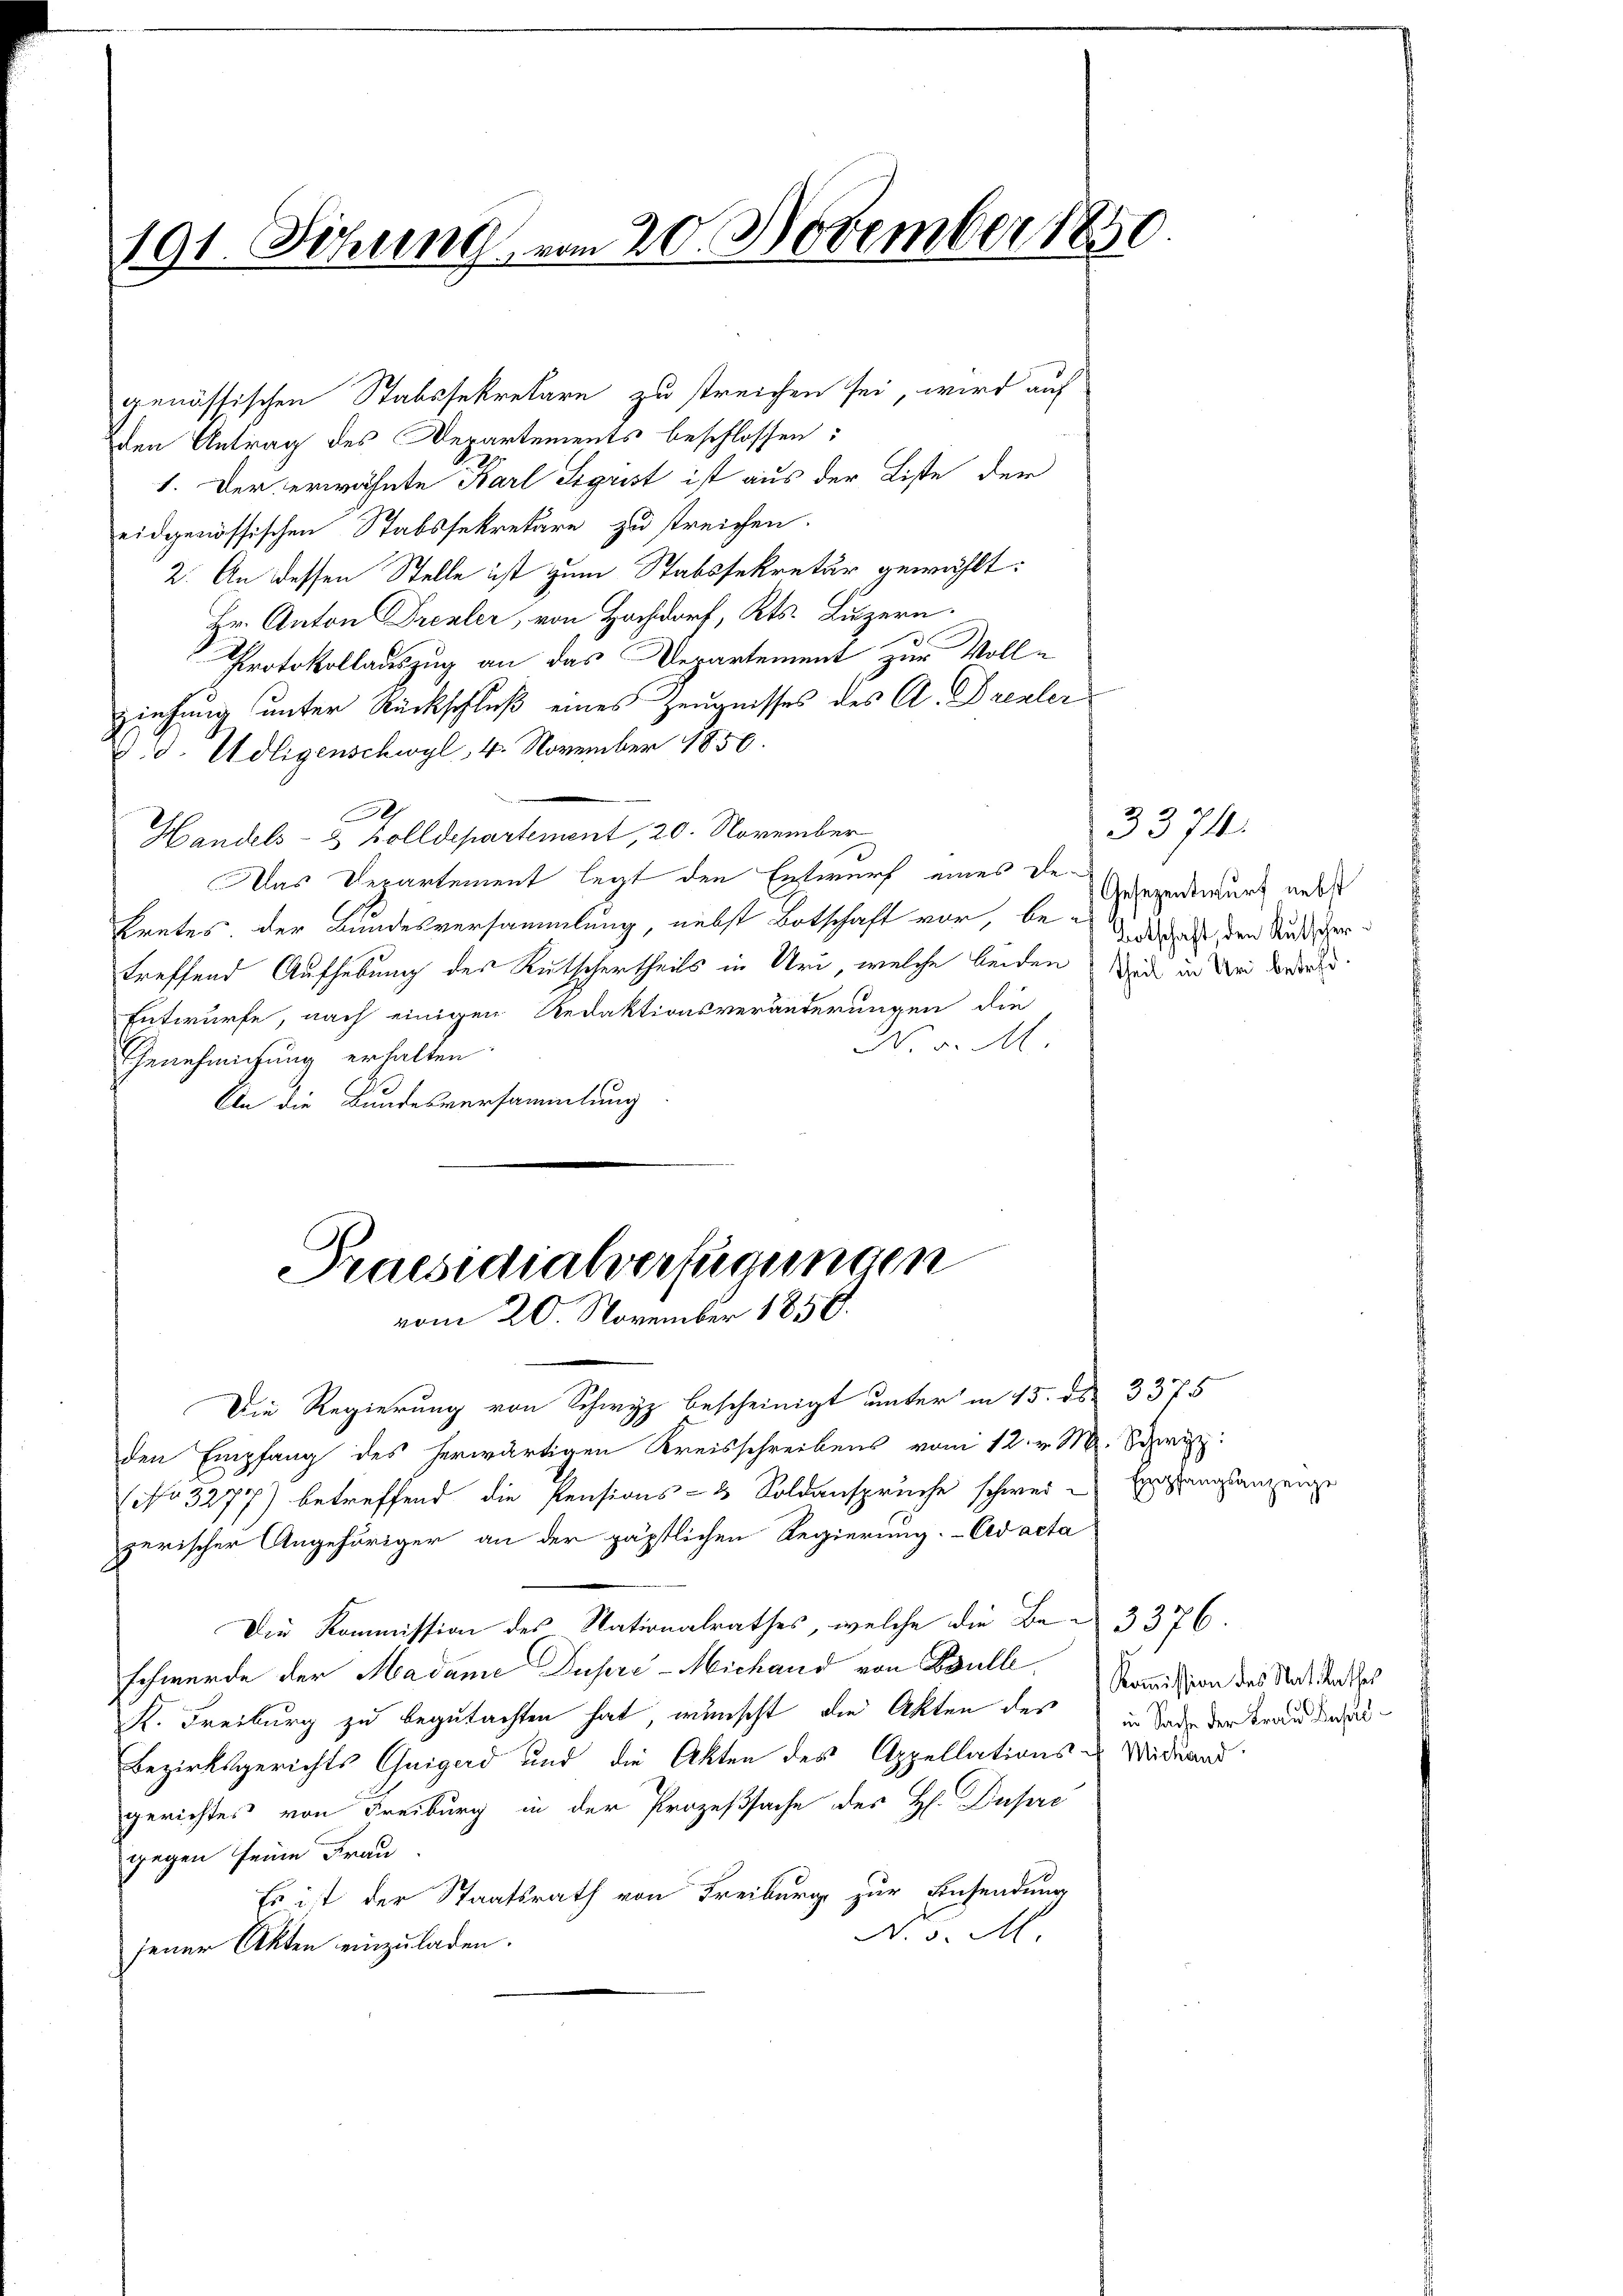
191. Stung vom 20. November 1830

genössischen Stabssekretäre zu streichen sei, wird auf
den Antrag des Departements beschlossen:
1. Der erwähnte Karl Sigrist ist aus der Liste der
eidgenössischen Stabssekretäre zu streichen.
2. An dessen Stelle ist zum Stabssekretär gewählt:
Hr. Anton Treuler, von Hochdorf, Kts. Luzern.
Protokollauszug an das Departement zur Vollziehung unter Rückschluß eines Zeugnisses des A. Bresler
d. Udligenschwyl, 4. November 1856.
.
Handels- & Zolldepartement, 20. November
Das Departement legt den Entwurf eines Dekretes der Bundesversammlung, nebst Botschaft vor, be-
treffend Aufhebung des Kutschertheils in Uri, welche beiden Rede in drei Borden.
Entwurfe, nach einigen Redaktionsveränderungen die
N. v. M.
Genehmigung erhalten
An die Bundesversammlung

Die Regierung von Schwyz bescheinigt unter in 15. ds. 3375
den Empfang des herwärtigen Kreisschreibens vom 12. v. M. Schwyz:
(No 3277) betreffend die Pensions- & Soldansprüche schwei-Expfangsanzeige
zerischer Angehöriger an der päpstlichen Regierung. - Cad acta
Die Kommission des Nationalrathes, welche die Be- 3376.
schwerde der Madame Dupre-Michand von Boulle
K. Freiburg zu begutachten hat, wünscht die Akten des in Tode der Frau der¬
Bezirksgerichts Guigerd und die Akten des Appellations-Widuand
gerichtes von Freiburg in der Prozeßsache des H. Dupre
gegen seine Frau.
Es ist der Staatsrath von Freiburg zur Einsendung
No. 5. M
jener Akten einzuladen.

Praesidialverfügungen
vom 20. November 1856.

3374.
Gesezentwurf nebst
Botschaft, den Kutscher

Kommission des Nat. Rathes